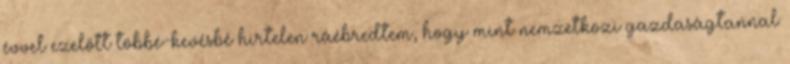
évvel ezelőtt többé-kevésbé hirtelen ráébredtem, hogy mint nemzetközi gazdaságtannal